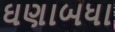
ઘણાબધા